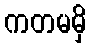
ကတမမှိ